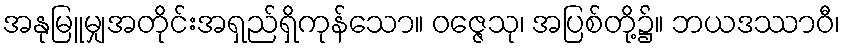
အနုမြူမျှအတိုင်းအရှည်ရှိကုန်သော။ ဝဇ္ဇေသု၊ အပြစ်တို့၌။ ဘယဒဿာဝီ၊